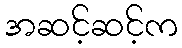
အဆင့်ဆင့်က